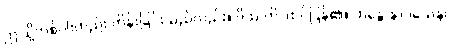
ဤသို့တစ်ပါးတည်း ကိန်းခြင်းသည်လည်း။ ဒိဿတိ၊ ထင်ပြန်၏။ ဘန္တေ နာဂသေန၊